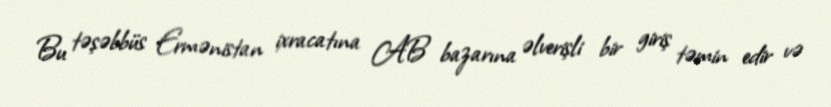
Bu təşəbbüs Ermənistan ixracatına AB bazarına əlverişli bir giriş təmin edir və